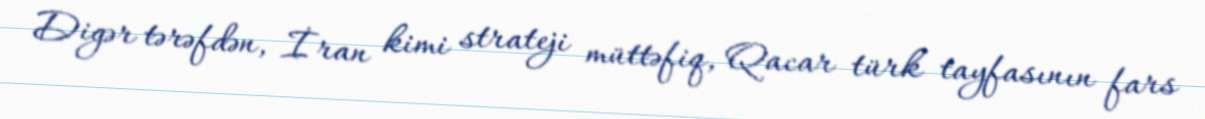
Digər tərəfdən, İran kimi strateji müttəfiq, Qacar türk tayfasının fars